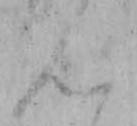
ん